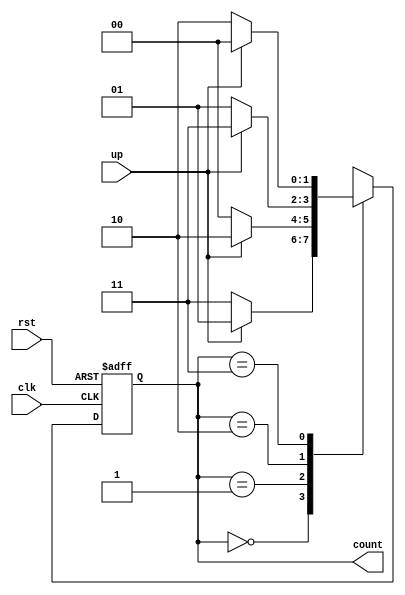
module counter_2bit(clk, rst, up, count);
input clk, rst, up;
output reg [1:0] count;

reg [1:0] nextCount;

always @(up, count) begin
  case (count)
    0: begin
      if (up) nextCount = 1;
      else nextCount = 3;
    end
    1: begin
      if (up) nextCount = 2;
      else nextCount = 0;
    end
    2: begin
      if (up) nextCount = 3;
      else nextCount = 1;
    end
    3: begin
      if (up) nextCount = 0;
      else nextCount = 2;
    end
    default: begin
      nextCount = 0;
    end
  endcase
end

always @(posedge clk or negedge rst) begin
  if (!rst) count <= 0;
  else count <= nextCount;
end

/*
always @(posedge clk or negedge rst) begin
  if (!rst) count <= 0;
  else if (up) count <= count + 1;
  else count <= count -1;
end
*/

endmodule